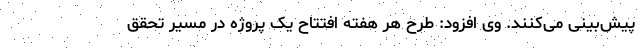
پیش‌بینی می‌کنند. وی افزود: طرح هر هفته افتتاح یک پروژه در مسیر تحقق